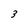
Character: 3